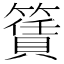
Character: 𥵎